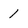
Character: 1